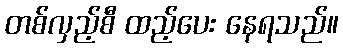
တစ်လှည့်စီ ထည့်ပေး နေရသည်။